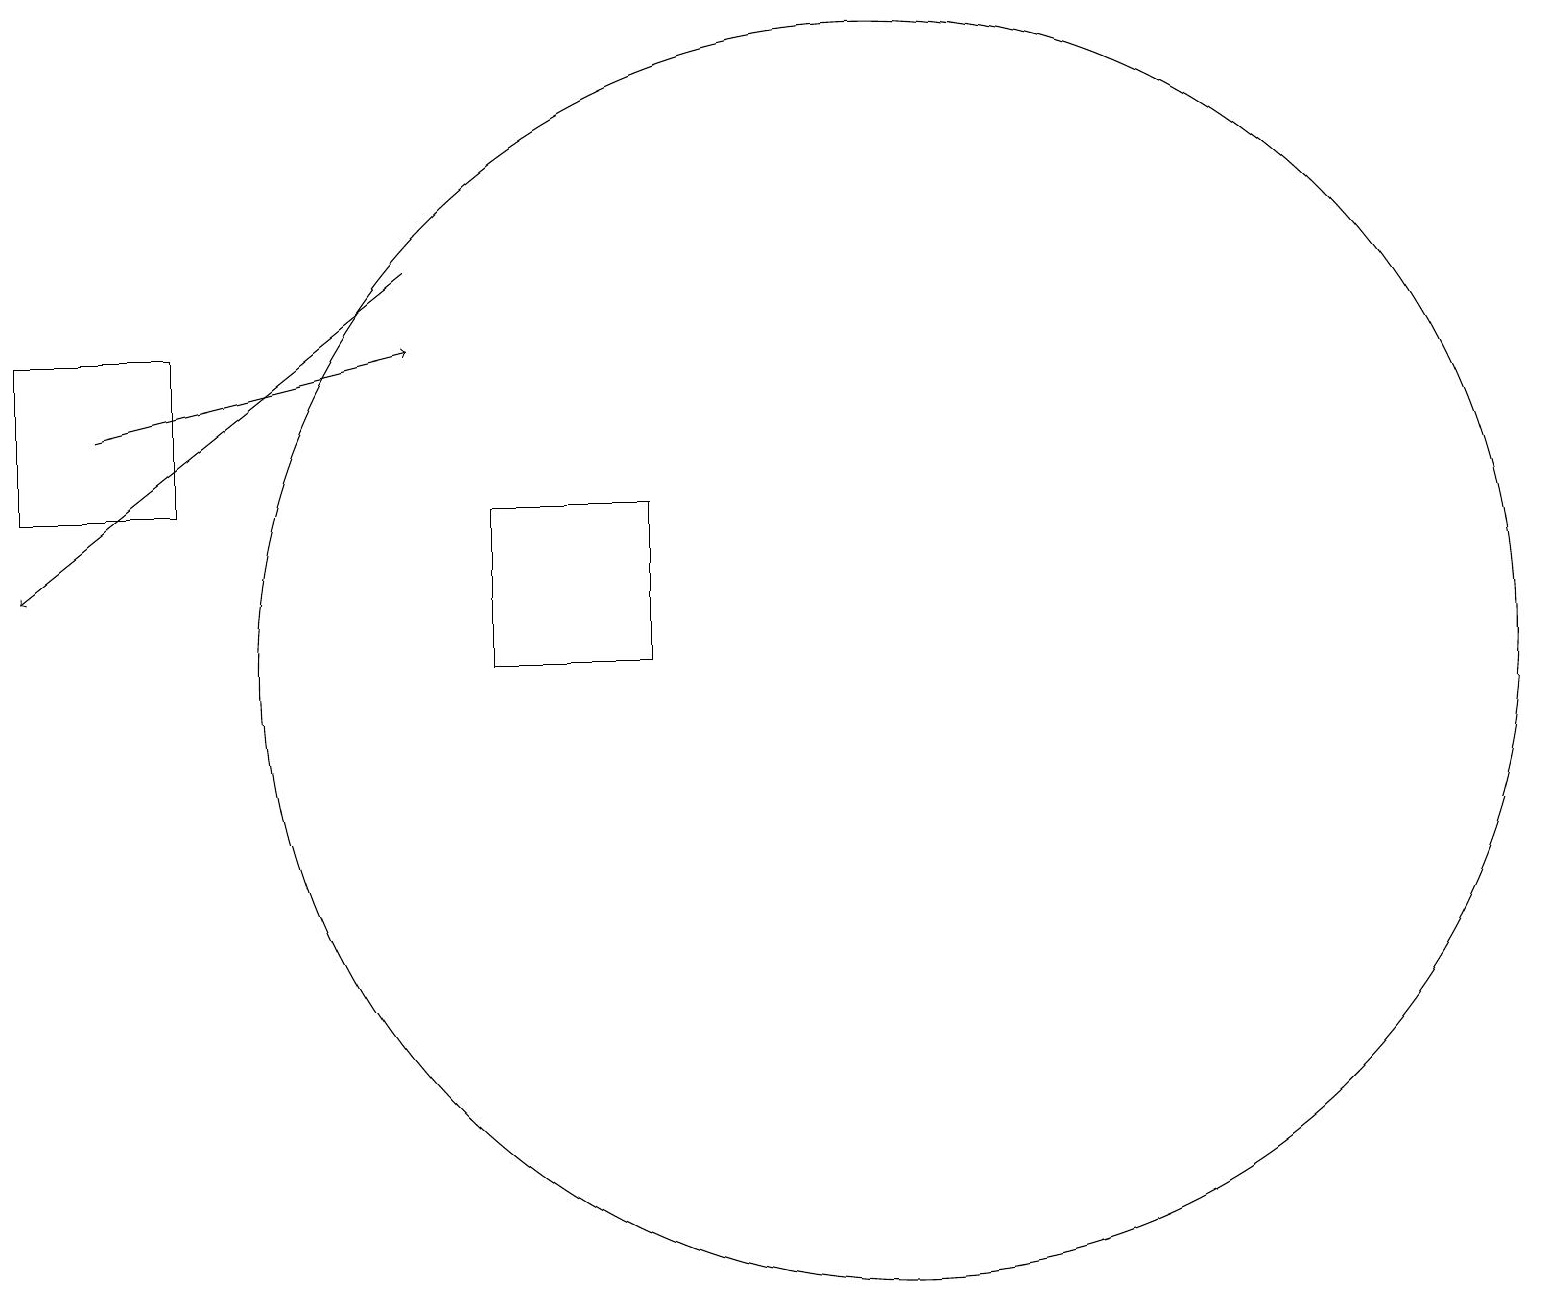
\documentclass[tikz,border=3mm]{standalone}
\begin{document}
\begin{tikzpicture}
\draw (2,12) rectangle (0,14);
\draw (8,10) rectangle (6,12);
\draw[->] (5,15) -- (0,11);
\draw (11,10) circle (8);
\draw[->] (1,13) -- (5,14);
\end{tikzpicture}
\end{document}